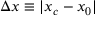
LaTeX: \Delta x \equiv | x _ { c } - x _ { 0 } |